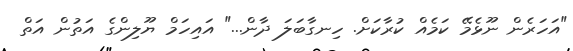
"އަހަރެން ނޫޅެމޭ ކަމެއް ކުރާކަށް. ހިނގާބަލަ ދާން..." އައިހަމް ޔޫލިންގެ އަތުން އަތް